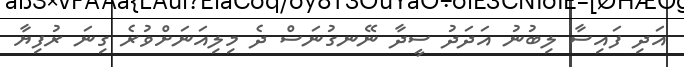
އަދި ފައިސާ ލިބުނު އަދަދު ސީދާ ނޭނގުނަސް ދެ މިލިއަނަށްވުރެ ގިނަ ރުފިޔާ